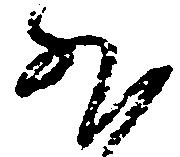
外